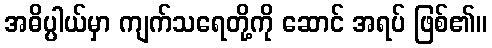
အဓိပ္ပါယ်မှာ ကျက်သရေတို့ကို ဆောင် အရပ် ဖြစ်၏။